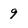
Character: 9